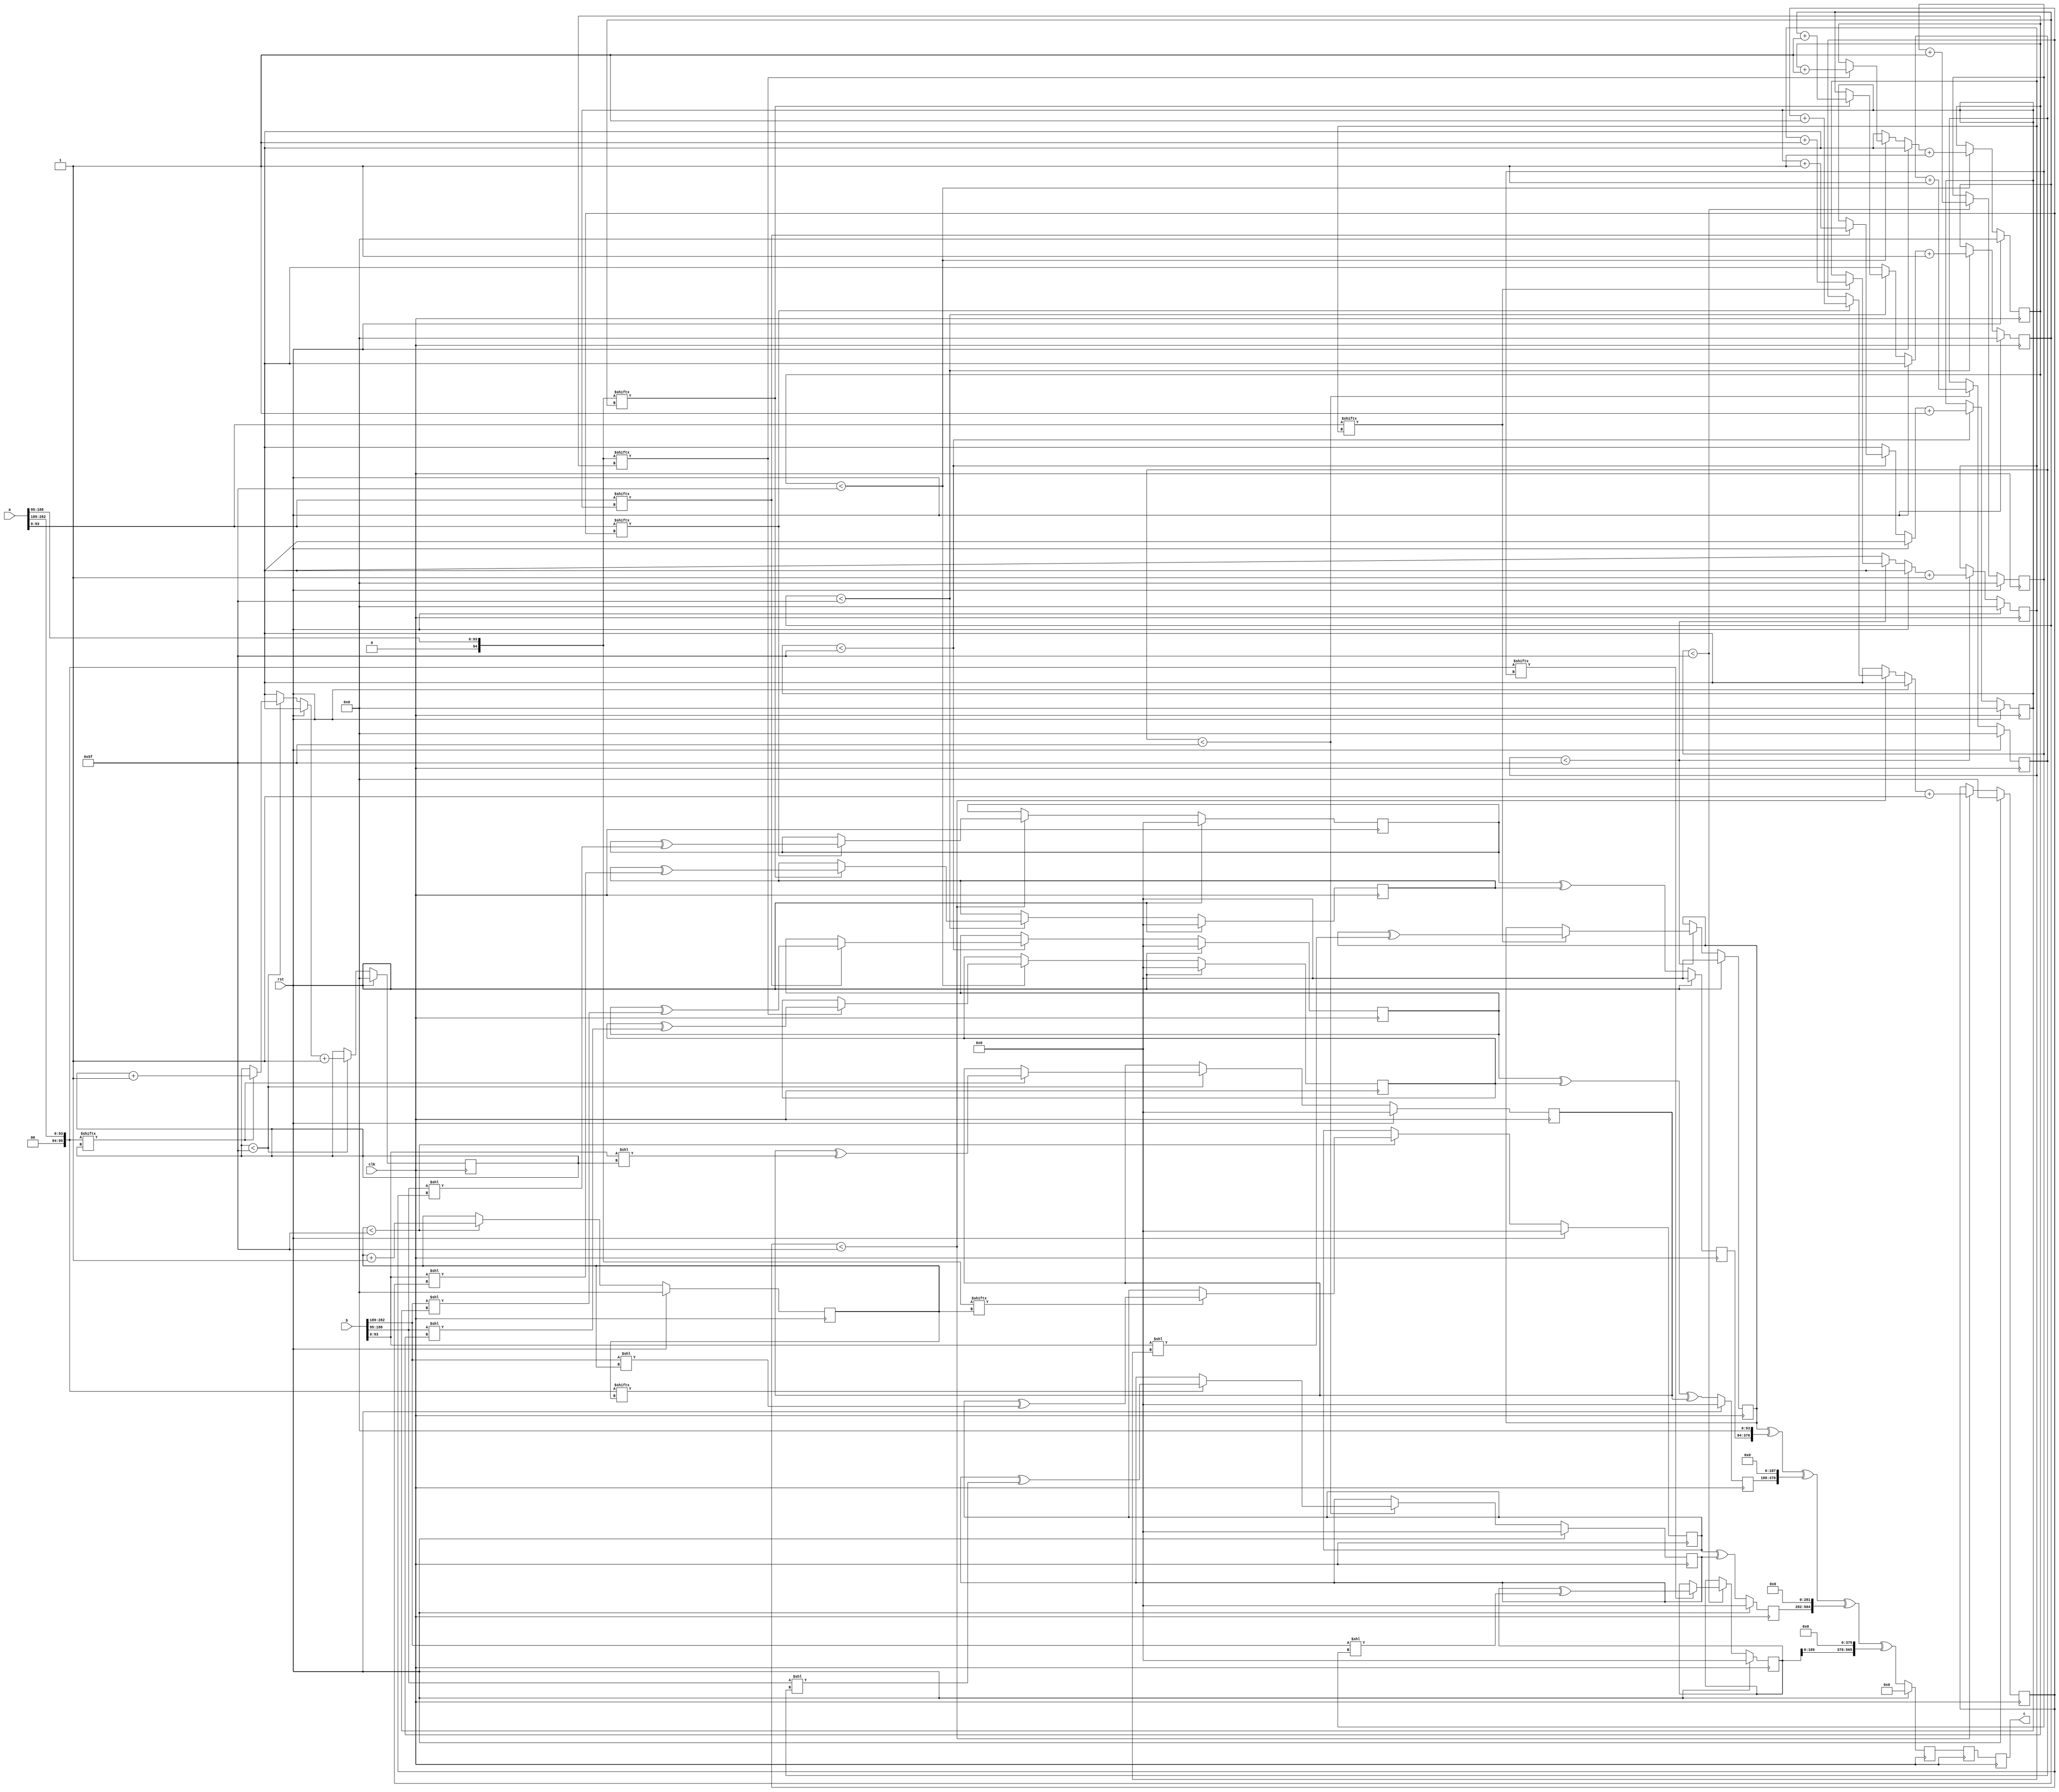
// TalTech large integer multiplier library
// Multiplier type: three_way_toom_cook
// Parameters: 283 283 3
// Target tool: genus
module three_way_toom_cook(clk, rst, a, b, c);
input clk;
input rst;
input [282:0] a;
input [282:0] b;
output reg [565:0] c;

// Pipeline register declaration 
reg [565:0] c_temp_2;
reg [565:0] c_temp_1;

// Wires declaration 
wire  [93:0] a0;
wire  [94:0] a1;
wire  [95:0] a2;
wire  [93:0] b0;
wire  [94:0] b1;
wire  [94:0] b2;

// Registers declaration 
reg  [93:0] counter_d;
reg  [93:0] counter_e1;
reg  [93:0] counter_e2;
reg  [93:0] counter_f1;
reg  [93:0] counter_f2;
reg  [93:0] counter_f3;
reg  [93:0] counter_g1;
reg  [93:0] counter_g2;
reg  [93:0] counter_h;
reg  [282:0] d;
reg  [282:0] e1_mul;
reg  [282:0] e2_mul;
reg  [282:0] e;
reg  [282:0] f1_mul;
reg  [282:0] f2_mul;
reg  [282:0] f3_mul;
reg  [282:0] f;
reg  [282:0] g1_mul;
reg  [282:0] g2_mul;
reg  [282:0] g;
reg  [282:0] h;
reg  [565:0] temp;

// Initial assignments to wires
assign a0 = a[94:0];
assign a1 = a[188:95];
assign a2 = a[282:189];
assign b0 = b[94:0];
assign b1 = b[188:95];
assign b2 = b[282:189];

// Step-1 of 3-Way TCM Multiplier
always @(posedge clk) begin
	if (rst) begin
		d <= 283'd0;
		counter_d <= 94'd0;
	end
	else if (counter_d < 95) begin
		if (a2[counter_d] == 1'b1) begin
			d <= d ^ (b2 << counter_d);
			counter_d <= counter_d + 1;
		end
		counter_d <= counter_d + 1;
	end
end

// Step-2 (Part-1) of 3-Way TCM Multiplier
always @(posedge clk) begin
	if (rst) begin
		e1_mul <= 283'd0;
		counter_e1 <= 94'd0;
	end
	else if (counter_e1 < 95) begin
		if (a1[counter_e1] == 1'b1) begin
			e1_mul <= e1_mul ^ (b2 << counter_e1);
			counter_e1 <= counter_e1 + 1;
		end
		counter_e1 <= counter_e1 + 1;
	end
end

// Step-2 (Part-2) of 3-Way TCM Multiplier
always @(posedge clk) begin
	if (rst) begin
		e2_mul <= 283'd0;
		counter_e2 <= 94'd0;
	end
	else if (counter_e2 < 95) begin
		if (a2[counter_e1] == 1'b1) begin
			e2_mul <= e2_mul ^ (b1 << counter_e2);
			counter_e2 <= counter_e2 + 1;
		end
		counter_e2 <= counter_e2 + 1;
	end
end

// Step-2 (Part-3) of 3-Way TCM Multiplier
always @(posedge clk) begin
	if (rst) begin
		e = 283'd0;
	end
	else begin
		e = e1_mul ^ e2_mul; 
	end
end

// Step-3 (Part-1) of 3-Way TCM Multiplier
always @(posedge clk) begin
	if (rst) begin
		f1_mul = 283'd0;
		counter_f1 = 94'd0;
	end
	else if (counter_f1 < 95) begin
		if (a0[counter_f1] == 1'b1) begin
			f1_mul = f1_mul ^ (b2 << counter_f1);
			counter_f1 = counter_f1 + 1;
		end
		counter_f1 = counter_f1 + 1;
	end
end

// Step-3 (Part-2) of 3-Way TCM Multiplier
always @(posedge clk) begin
	if (rst) begin
		f2_mul = 283'd0;
		counter_f2 = 94'd0;
	end
	else if (counter_f2 < 95) begin
		if (a1[counter_f2] == 1'b1) begin
			f2_mul = f2_mul ^ (b1 << counter_f2);
			counter_f2 = counter_f2 + 1;
		end
		counter_f2 = counter_f2 + 1;
	end
end

// Step-3 (Part-3) of 3-Way TCM Multiplier
always @(posedge clk) begin
	if (rst) begin
		f3_mul = 283'd0;
		counter_f3 = 94'd0;
	end
	else if (counter_f3 < 95) begin
		if (a2[counter_f3] == 1'b1) begin
			f3_mul = f3_mul ^ (b0 << counter_f3);
			counter_f3 = counter_f3 + 1;
		end
		counter_f3 = counter_f3 + 1;
	end
end

// Step-3 (Part-4) of 3-Way TCM Multiplier
always @(posedge clk) begin
	if (rst) begin
		f = 283'd0;
	end
	else begin
		f = f1_mul ^ f2_mul ^ f3_mul; 
	end
end

// Step-4 (Part-1) of 3-Way TCM Multiplier
always @(posedge clk) begin
	if (rst) begin
		g1_mul = 283'd0;
		counter_g1 = 94'd0;
	end
	else if (counter_g1 < 95) begin
		if (a0[counter_g1] == 1'b1) begin
			g1_mul = g1_mul ^ (b1 << counter_g1);
			counter_g1 = counter_g1 + 1;
		end
		counter_g1 = counter_g1 + 1;
	end
end

// Step-4 (Part-2) of 3-Way TCM Multiplier
always @(posedge clk) begin
	if (rst) begin
		g2_mul = 283'd0;
		counter_g2 = 94'd0;
	end
	else if (counter_g2 < 95) begin
		if (a1[counter_g2] == 1'b1) begin
			g2_mul = g2_mul ^ (b0 << counter_g2);
			counter_g2 = counter_g2 + 1;
		end
		counter_g2 = counter_g2 + 1;
	end
end

// Step-4 (Part-3) of 3-Way TCM Multiplier
always @(posedge clk) begin
	if (rst) begin
		g = 283'd0;
	end
	else begin
		g = g1_mul ^ g2_mul; 
	end
end

// Step-5 of 3-Way TCM Multiplier
always @(posedge clk) begin
	if (rst) begin
		h = 283'd0;
		counter_h = 94'd0;
	end
	else if (counter_h < 95) begin
		if (a0[counter_h] == 1'b1) begin
			h = h ^ (b0 << counter_h);
			counter_h = counter_h + 1;
		end
	counter_h = counter_h + 1;
	end
end

// Step-6 of 3-Way TCM Multiplier
always @(posedge clk) begin
	if (rst) begin
		temp = 566'd0;
		c_temp_2 = 566'd0;
	end
	else begin
		temp = h;
		temp = temp ^ (g << 94);
		temp = temp ^ (f << 188);
		temp = temp ^ (e << 282);
		temp = temp ^ (d << 376);
		c_temp_2 = temp;
	end
end

// pipeline stages
always @(posedge clk) begin
	c <= c_temp_1;
	c_temp_1 <= c_temp_2;
end
endmodule